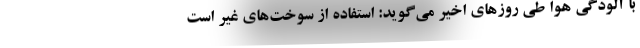
با آلودگی هوا طی روزهای اخیر می‌گوید: استفاده از سوخت‌های غیر است